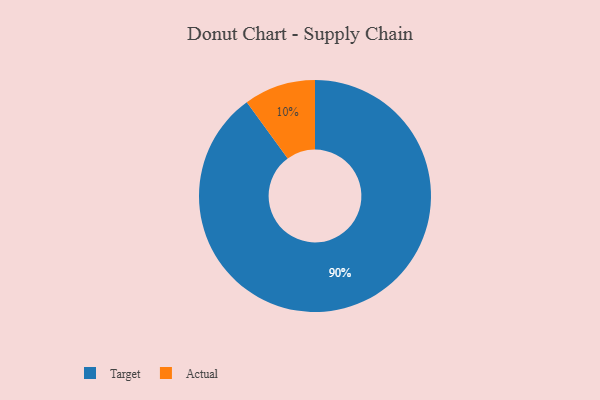
{"axis": {"x": "Category", "y": "Percentage"}, "legend": ["Actual", "Target"], "data": [{"x": "Actual", "y": 10, "type": "Actual"}, {"x": "Target", "y": 90, "type": "Target"}]}